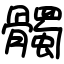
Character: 髑